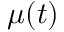
\mu ( t )